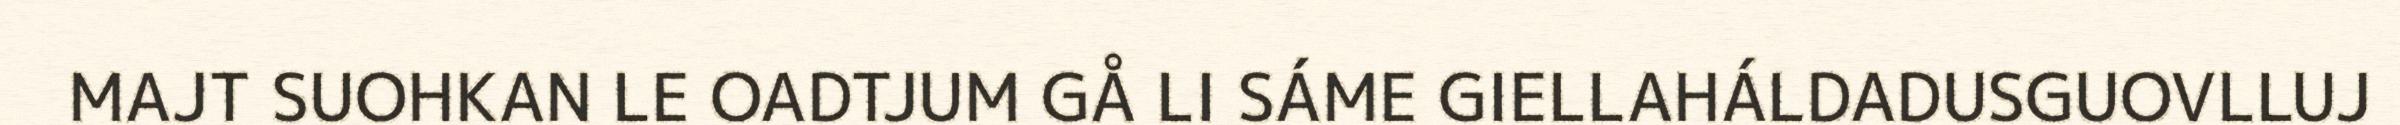
MAJT SUOHKAN LE OADTJUM GÅ LI SÁME GIELLAHÁLDADUSGUOVLLUJ